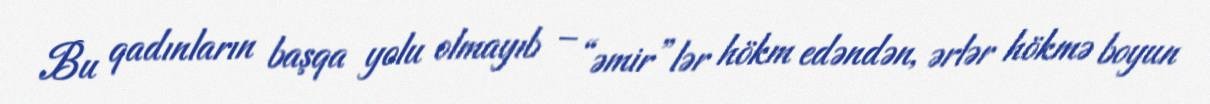
Bu qadınların başqa yolu olmayıb – “əmir”lər hökm edəndən, ərlər hökmə boyun